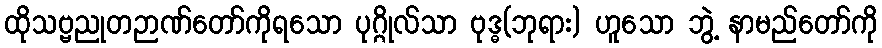
ထိုသဗ္ဗညုတဉာဏ်တော်ကိုရသော ပုဂ္ဂိုလ်သာ ဗုဒ္ဓ(ဘုရား) ဟူသော ဘွဲ့ နာမည်တော်ကို